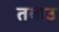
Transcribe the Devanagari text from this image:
तवाउ